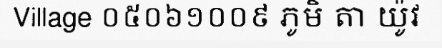
Village ០៥០៦១០០៩ ភូមិ តា យ៉ូវ